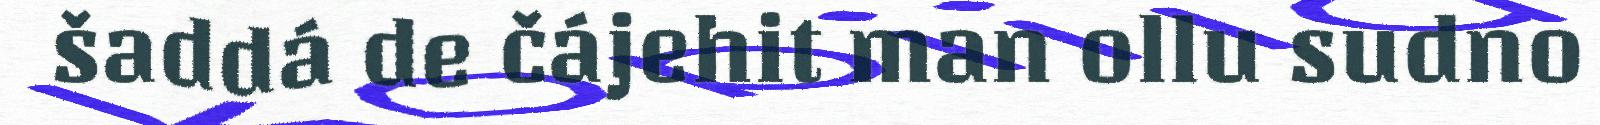
šaddá de čájehit man ollu sudno